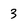
Character: 3